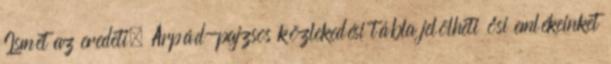
Ismét az eredeti, Árpád-pajzsos közlekedési tábla jelölheti ősi emlékeinket